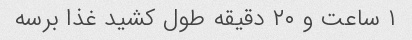
۱ ساعت و ۲۰ دقیقه طول کشید غذا برسه